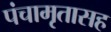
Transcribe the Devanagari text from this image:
पंचामृतासह